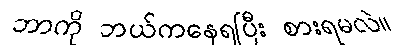
ဘာကို ဘယ်ကနေရပြီး စားရမလဲ။